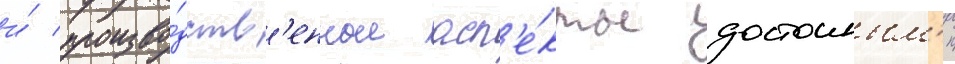
и́ произво́дств'енные асп'е́кты достоиным'и